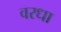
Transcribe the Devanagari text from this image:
वरधा